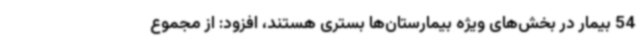
54 بیمار در بخش‌های ویژه بیمارستان‌ها بستری هستند، افزود: از مجموع